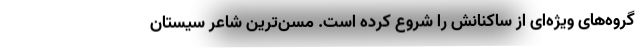
گروه‌های ویژ‌ه‌ای از ساکنانش را شروع کرده است. مسن‌ترین شاعر سیستان